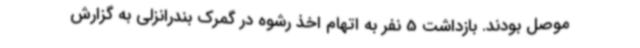
موصل بودند. بازداشت 5 نفر به اتهام اخذ رشوه در گمرک بندرانزلی به گزارش